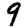
Digit: 9